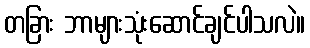
တခြား ဘာများသုံးဆောင်ချင်ပါသလဲ။